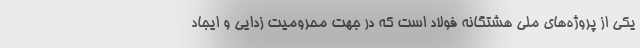
يکي از پروژه‌هاي ملی هشتگانه فولاد است که در جهت محروميت زدايي و ايجاد